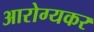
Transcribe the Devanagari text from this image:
आरोग्यकर